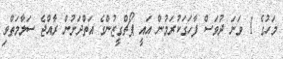
މަހުގެ 1 ވަނަ ދުވަސް ފާހަގަކުރަމުން އައީ ޕޯޗްގީޒުންގެ އަތްދަށުން ރާއްޖެ ސަލާމަތްވި